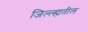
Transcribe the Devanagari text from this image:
जिल्ल्ह्यतील